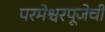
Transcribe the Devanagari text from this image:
परमेश्वरपूजेचीं